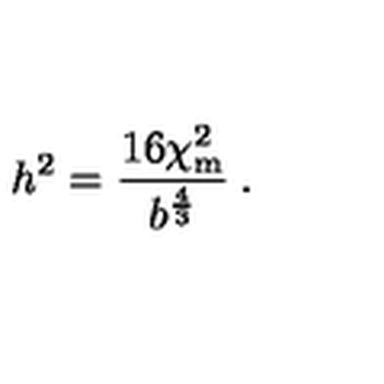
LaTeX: h ^ { 2 } = \frac { 1 6 \chi _ { \mathrm { m } } ^ { 2 } } { b ^ { \frac 4 3 } } \: .